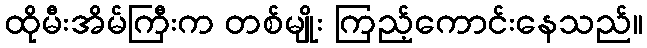
ထိုမီးအိမ်ကြီးက တစ်မျိုး ကြည့်ကောင်းနေသည်။